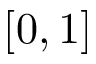
[ 0 , 1 ]